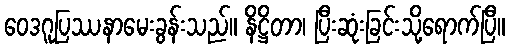
ဝေဒဂူပြဿနာမေးခွန်းသည်။ နိဋ္ဌိတာ၊ ပြီးဆုံးခြင်းသို့ရောက်ပြီ။